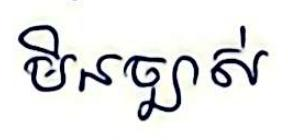
មិនច្បាស់